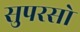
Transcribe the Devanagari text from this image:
सुपरसो